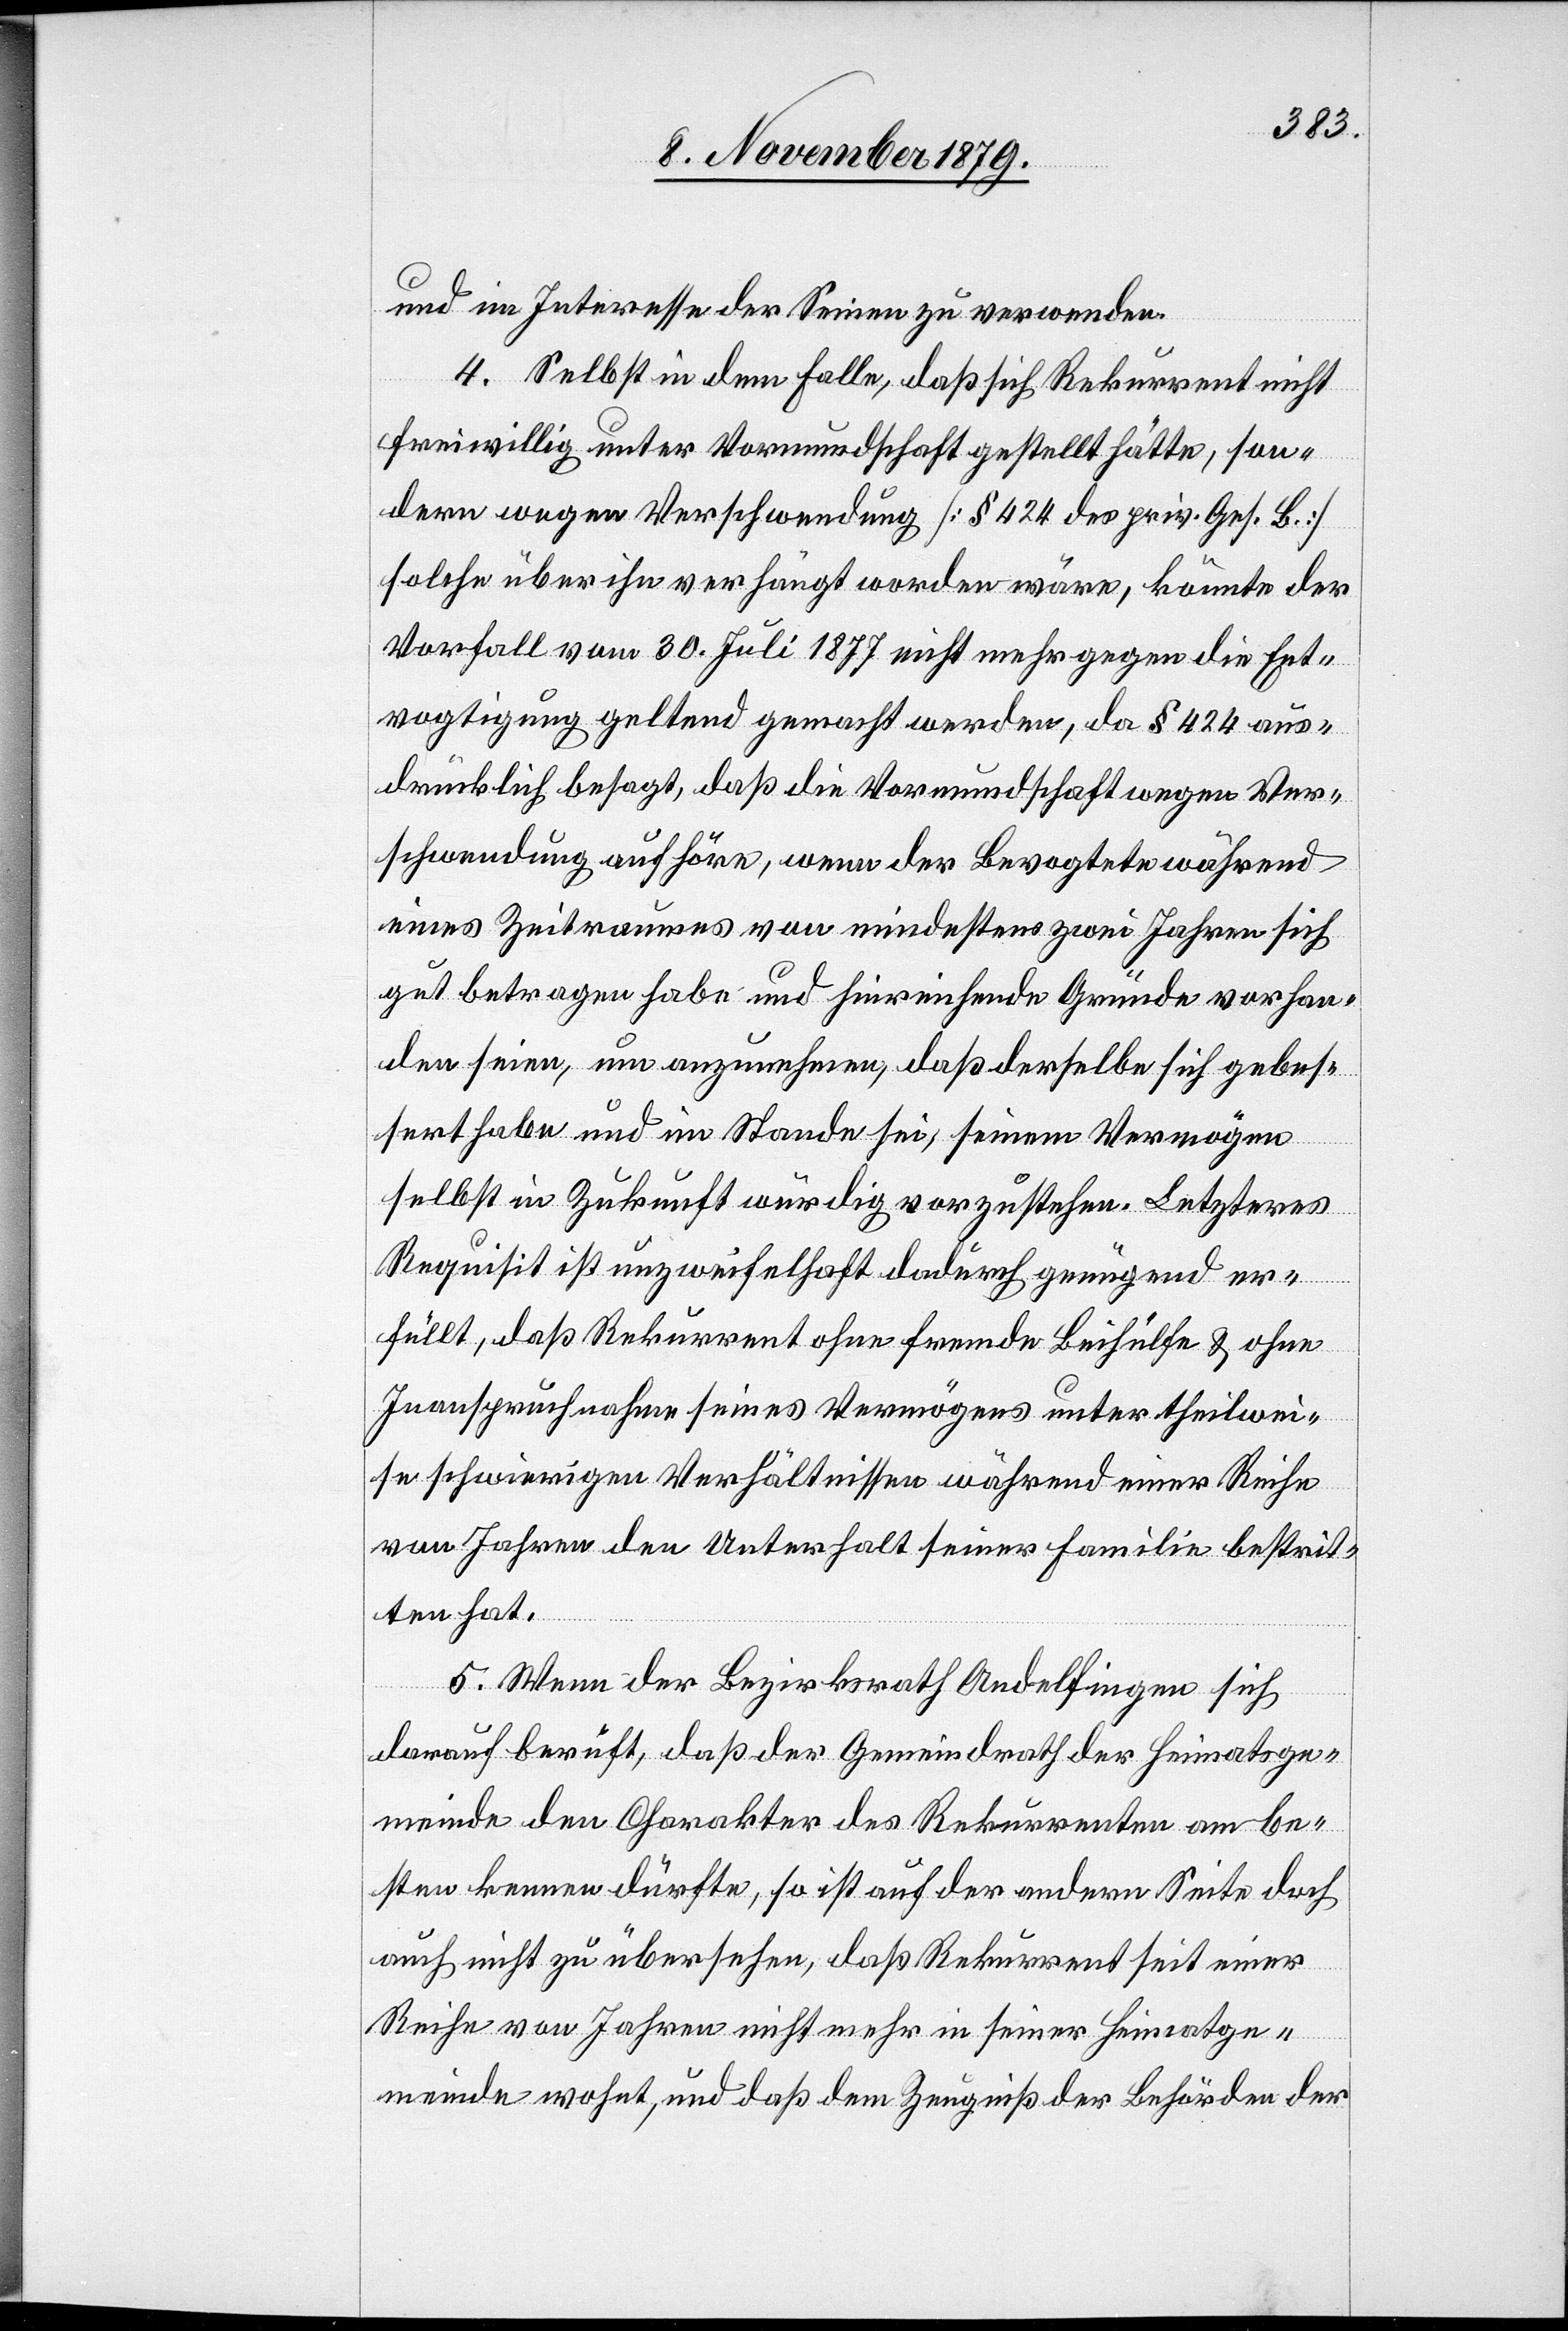
und im Interesse der Seinen zu verwenden.
4. Selbst in dem Falle, daß sich Rekurrent nicht
freiwillig unter Vormundschaft gestellt hätte, son¬
dern wegen Verschwendung [§ 424 des priv. Ges. B.]
solche über ihn verhängt worden wäre, könnte der
Vorfall vom 30. Juli 1877 nicht mehr gegen die Ent¬
vogtigung geltend gemacht werden, da § 424 aus¬
drücklich besagt, daß die Vormundschaft wegen Ver¬
schwendung aufhöre, wenn der Bevogtete während
eines Zeitraumes von mindestens zwei Jahren sich
gut betragen habe und hinreichende Gründe vorhan¬
den seien, um anzunehmen, daß derselbe sich gebes¬
sert habe und im Stande sei, seinem Vermögen
selbst in Zukunft würdig vorzustehen. Letzteres
Requisit ist unzweifelhaft dadurch genügend er¬
füllt, daß Rekurrent ohne fremde Beihülfe & ohne
Inanspruchnahme seines Vermögens unter theilwei¬
se schwierigen Verhältnissen während einer Reihe
von Jahren den Unterhalt seiner Familie bestrit¬
ten hat.
5. Wenn der Bezirksrath Andelfingen sich
darauf beruft, daß der Gemeindrath der Heimatsge¬
meinde den Charakter des Rekurrenten am be¬
sten kennen dürfte, so ist auf der andern Seite doch
auch nicht zu übersehen, daß Rekurrent seit einer
Reihe von Jahren nicht mehr in seiner Heimatge¬
meinde wohnt, und daß dem Zeugniß der Behörden der